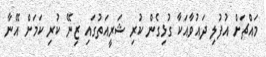
މައްޗަށް އުފުލި ދައުވާއަކާ ގުޅިގެން ކުރި ޝަރީއަތުގައި ޒިނޭ ކުރި ކަމަށް އޭނާ